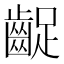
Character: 齪